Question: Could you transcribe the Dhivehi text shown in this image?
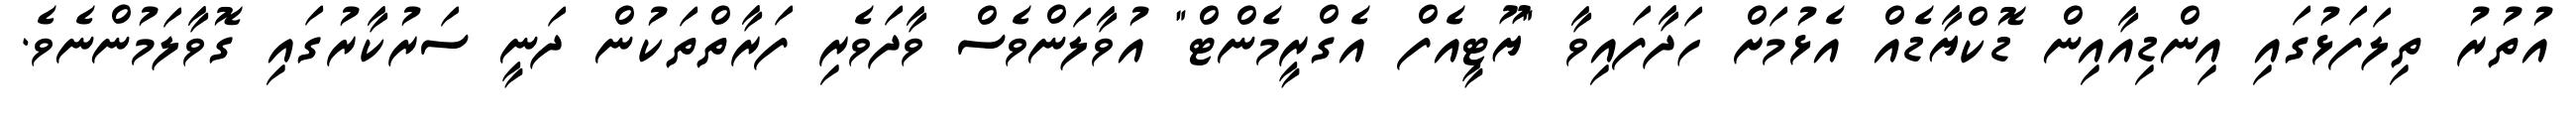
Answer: އުތުރު ތިލަފަޅުގައި އިންޑިއާއިން ޑޮކްޔާޑެއް އެޅުމަށް ހަދާފައިވާ "ޔޫޓީއެފް އެގްރީމެންޓް" އުވާލަންވެސް ވާދަވެރި ފަރާތްތަކުން ދަނީ ސަރުކާރުގައި ގޮވާލަމުންނެވެ.